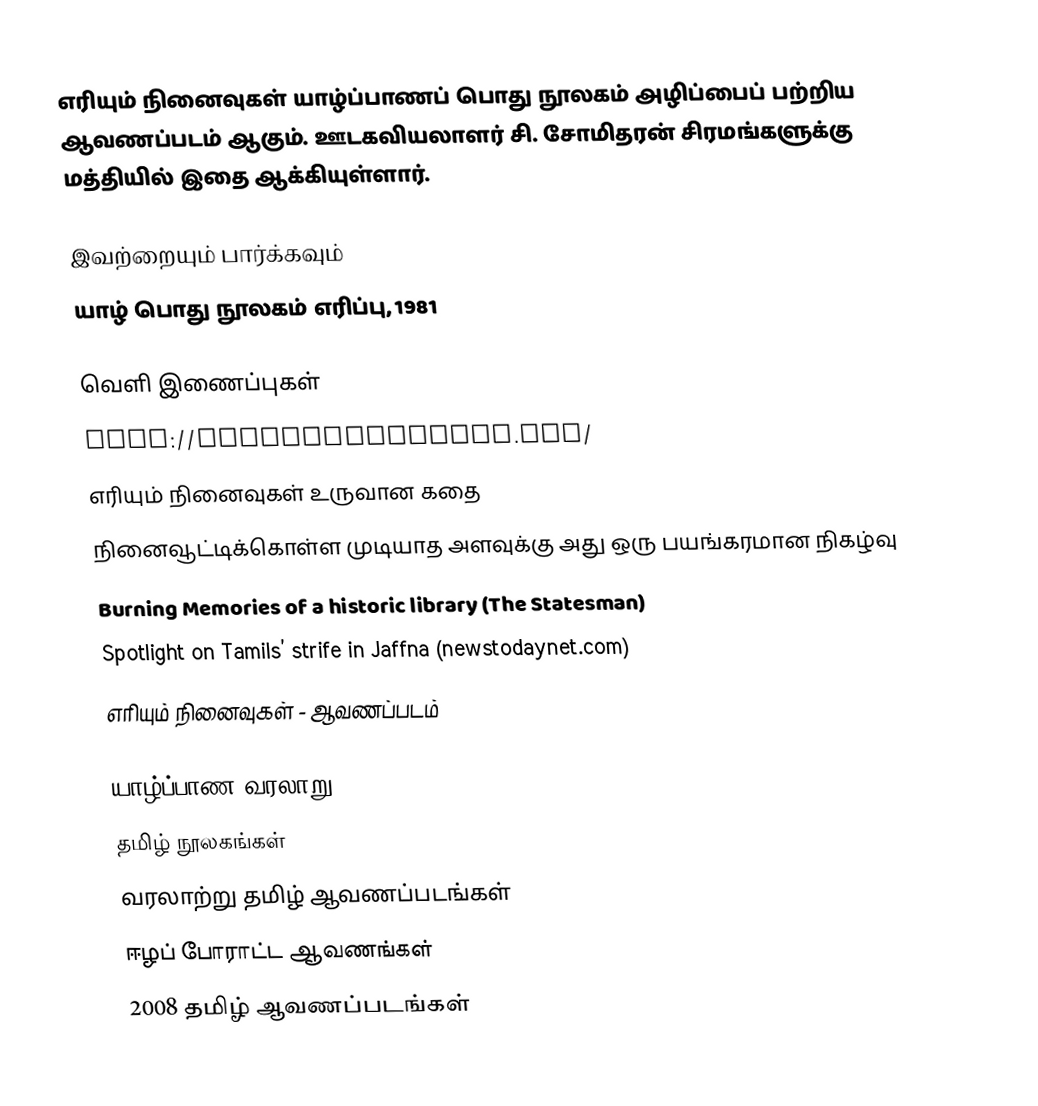
எரியும் நினைவுகள் யாழ்ப்பாணப் பொது நூலகம் அழிப்பைப் பற்றிய ஆவணப்படம் ஆகும். ஊடகவியலாளர் சி. சோமிதரன் சிரமங்களுக்கு மத்தியில் இதை ஆக்கியுள்ளார்.

இவற்றையும் பார்க்கவும்
 யாழ் பொது நூலகம் எரிப்பு, 1981

வெளி இணைப்புகள்
 http://burningmemories.org/
 எரியும் நினைவுகள் உருவான கதை
 நினைவூட்டிக்கொள்ள முடியாத அளவுக்கு அது ஒரு பயங்கரமான நிகழ்வு
 Burning Memories of a historic library (The Statesman)
 Spotlight on Tamils’ strife in Jaffna (newstodaynet.com)
 எரியும் நினைவுகள் - ஆவணப்படம்

யாழ்ப்பாண வரலாறு
தமிழ் நூலகங்கள்
வரலாற்று தமிழ் ஆவணப்படங்கள்
ஈழப் போராட்ட ஆவணங்கள்
2008 தமிழ் ஆவணப்படங்கள்